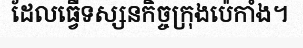
ដែលធ្វើទស្សនកិច្ចក្រុងប៉េកាំង។